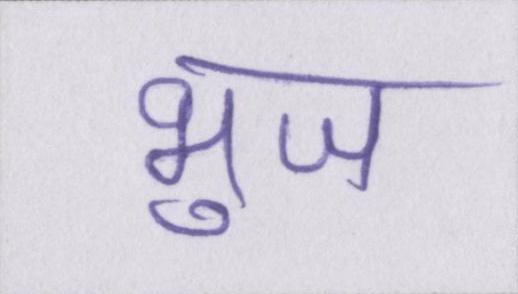
भुज